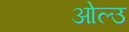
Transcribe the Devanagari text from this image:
ओल्‍उ